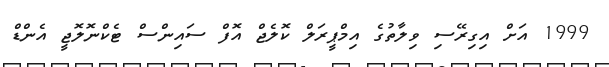
1999 އަށް އިގިރޭސި ވިލާތުގެ އިމްޕީރަލް ކޮލެޖް އޮފް ސައިންސް ޓެކްނޮލޮޖީ އެންޑް